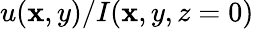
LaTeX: u(\mathbf{x},y)/I(\mathbf{x},y,z=0)